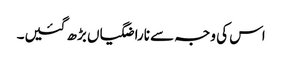
اس کی وجہ سے ناراضگیاں بڑھ گئیں۔